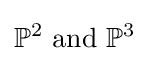
\mathbb {P} ^{2}{\text{ and }}\mathbb {P} ^{3}